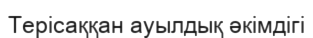
Терісаққан ауылдық әкімдігі